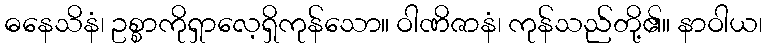
ဓနေသိနံ၊ ဥစ္စာကိုရှာလေ့ရှိကုန်သော။ ဝါဏိဇာနံ၊ ကုန်သည်တို့၏။ နာဝါယ၊